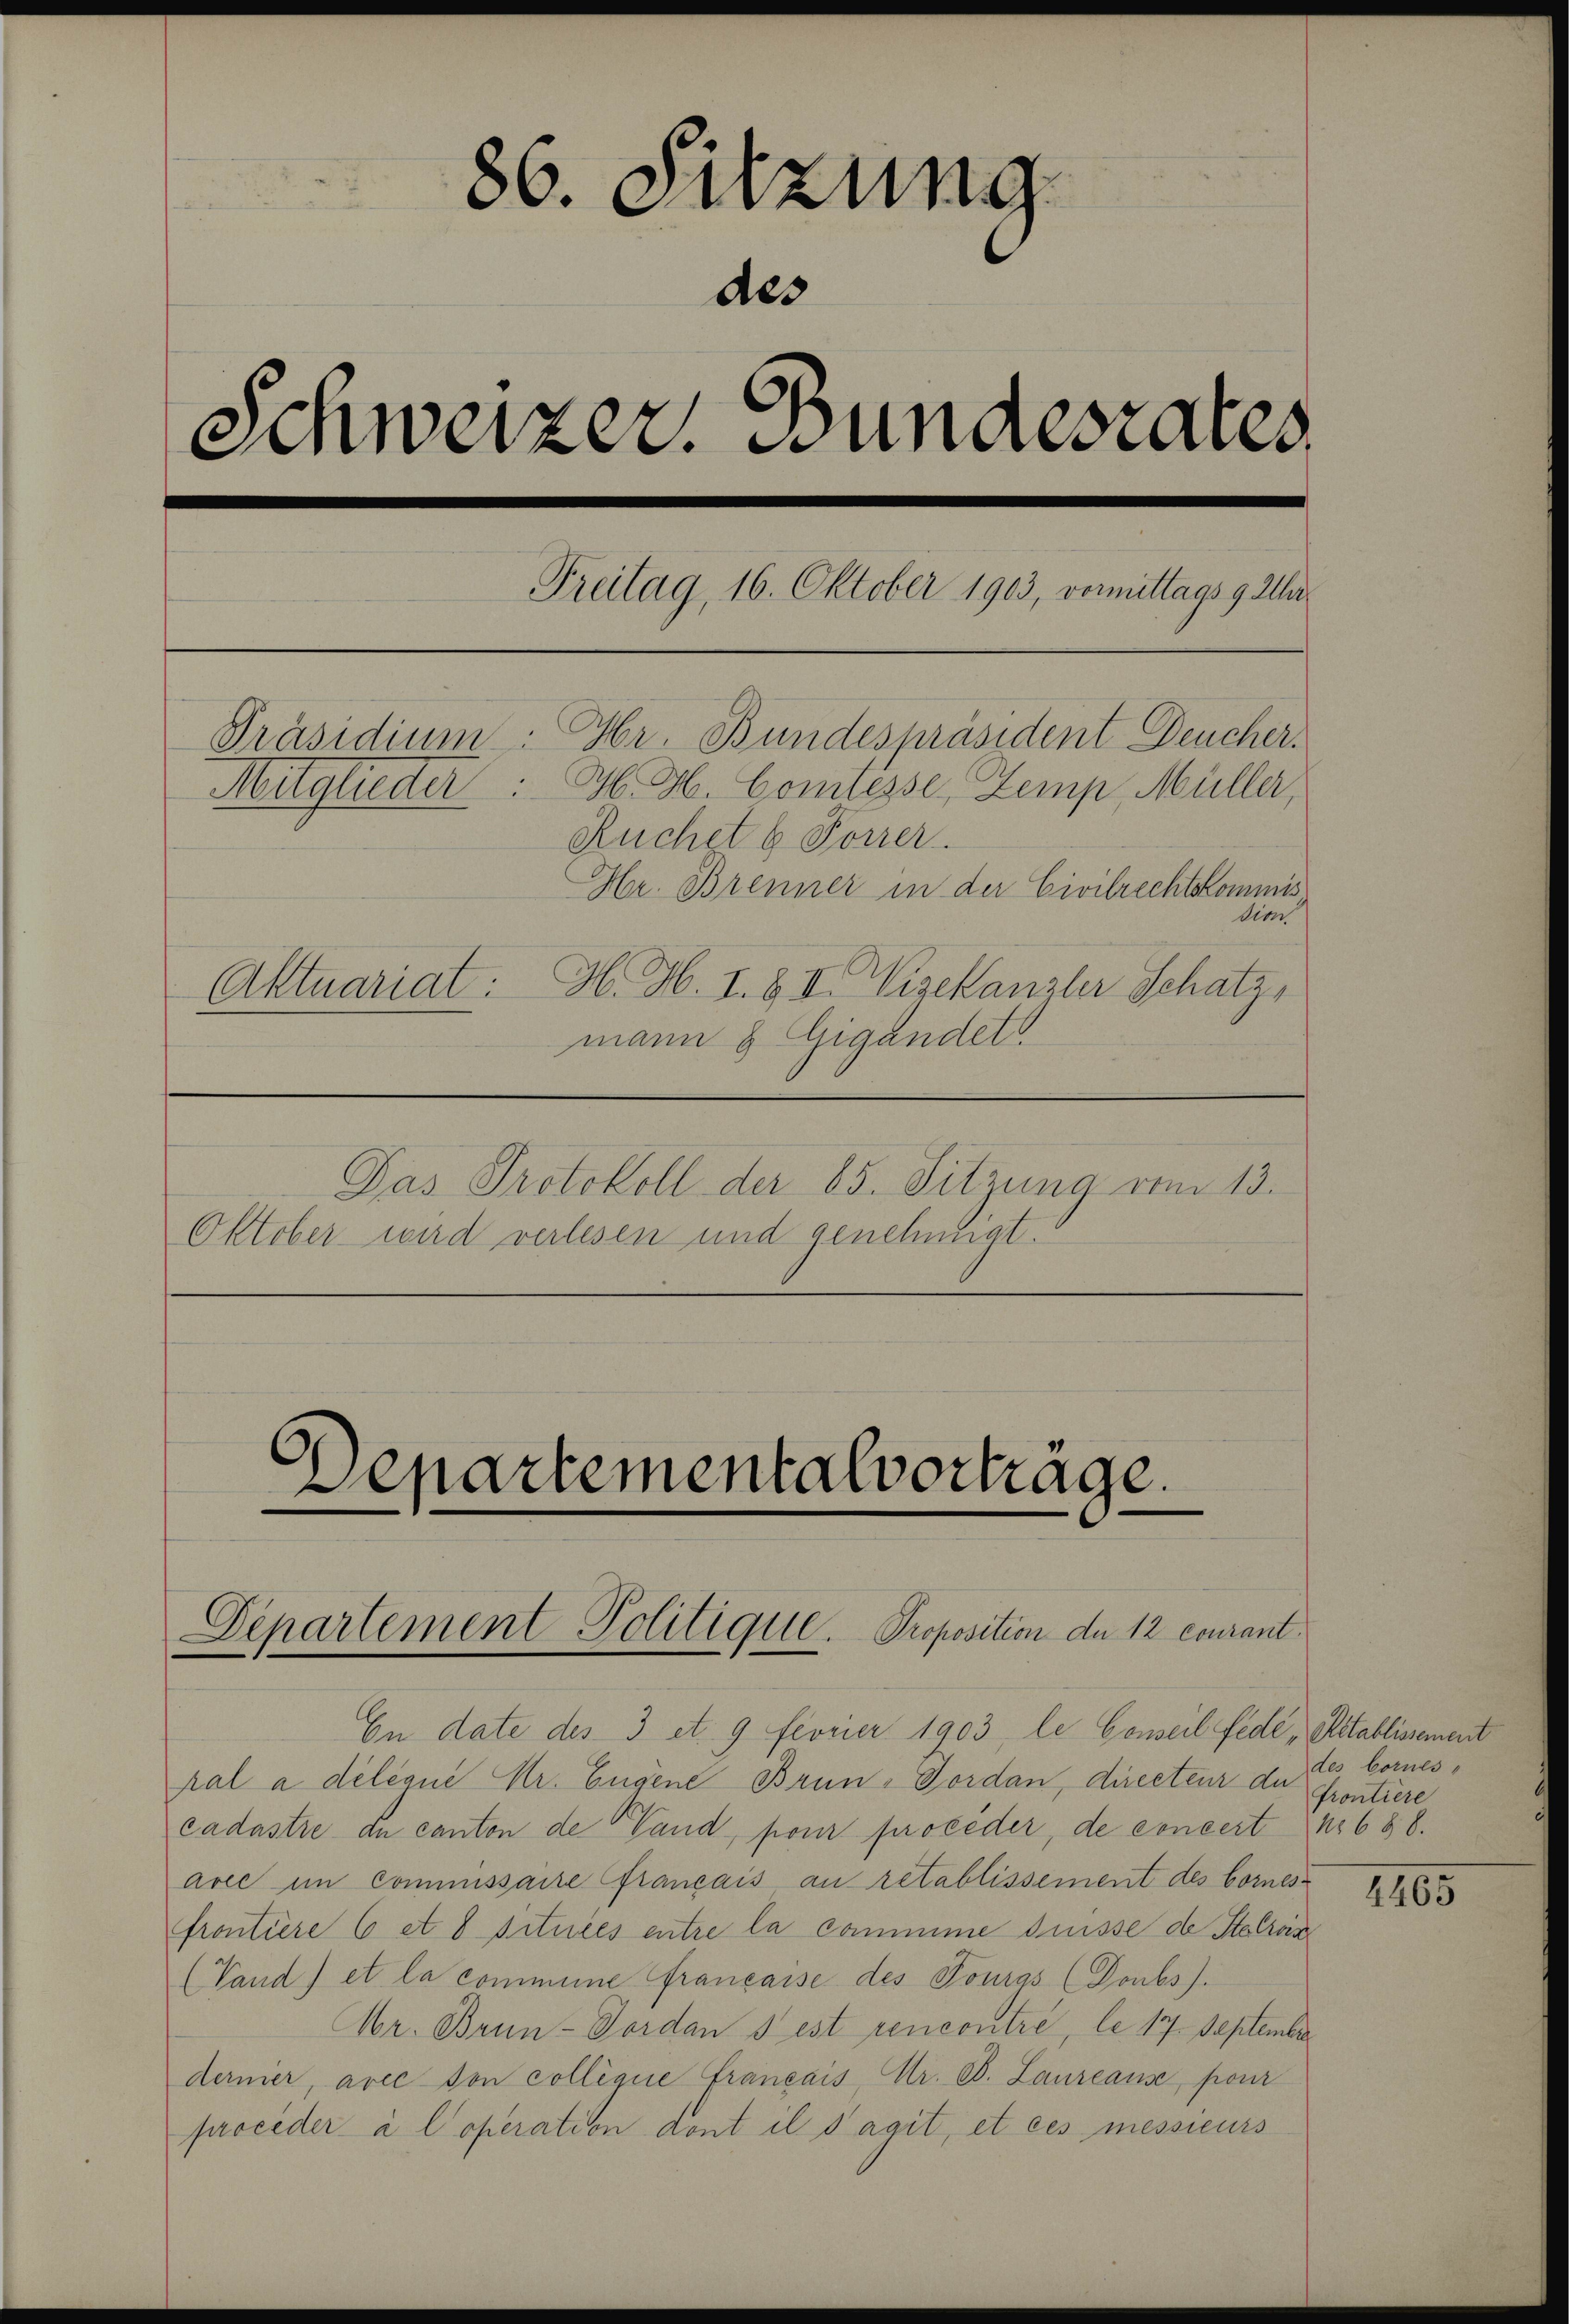
86. Sitzung
des
Schweizer. Bundesrates
Freitag, 16. Oktober 1903, vormittags 9 Alar
Präsidium. Hr. Bundespräsident Deucher.
M. H. Comtesse, Zemp, Müller,
Mitglieder
Ruchet & Forrer
Hr. Brenner in der Civilrechtskommis
dio
Aktuariat: H. H. I. & II. Visekanzler Schatz,
mann 8 Gigandet
Das Protokoll der 65. Sitzung vom 13.
Oktober wird verlesen und genehmigt.

Departementalvorträge.
Departement Politique. Proposition de 12 courant

En date des 3 et. 9 fevrier 1903 le Conseil fede, Altablissement
pal a délégué Kr. Eugene Brun-Forden, directeur du
cadastre du canton de Vaud, pour proceder, de concert No 688.
arie im Commissaire français au rétablissement des bornes
frontiere 6 et 8 Situres entre la commme desse de Stelzän
(Vand) et la commene Française des Fourgs (Doubs).
Abr. Brun-Vordan s’est rencontre, le 17. September
dernier avec son collegie français, Mr. C. Laureaus, pour
proceder à l’operation dont il s’agit, et ces messieurs

des Cornes
frontiere

1465